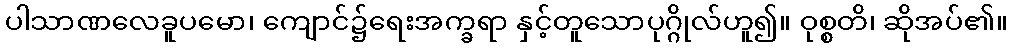
ပါသာဏလေခူပမော၊ ကျောင်၌ရေးအက္ခရာ နှင့်တူသောပုဂ္ဂိုလ်ဟူ၍။ ဝုစ္စတိ၊ ဆိုအပ်၏။